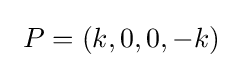
~P=(k,0,0,-k)~